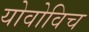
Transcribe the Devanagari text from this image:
योवोविच